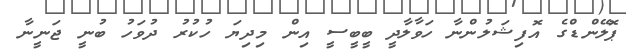
ޕޮލޭންޑްގެ އޮފިޝަލުންނާ ހަވާލާދީ ބީބީސީ އިން މިދިޔަ ހުކުރު ދުވަހު ބުނީ ޖަނީނާ